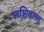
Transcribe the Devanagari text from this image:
शशिबाला